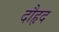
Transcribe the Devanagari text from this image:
दौहृद